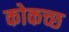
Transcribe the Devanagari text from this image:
कोकच्छ